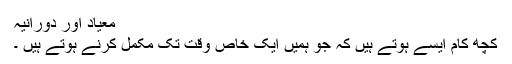
معیاد اور دورانیہ
کچھ کام ایسے ہوتے ہیں کہ جو ہمیں ایک خاص وقت تک مکمل کرنے ہوتے ہیں ۔